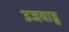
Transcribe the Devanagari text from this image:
उजवाडु